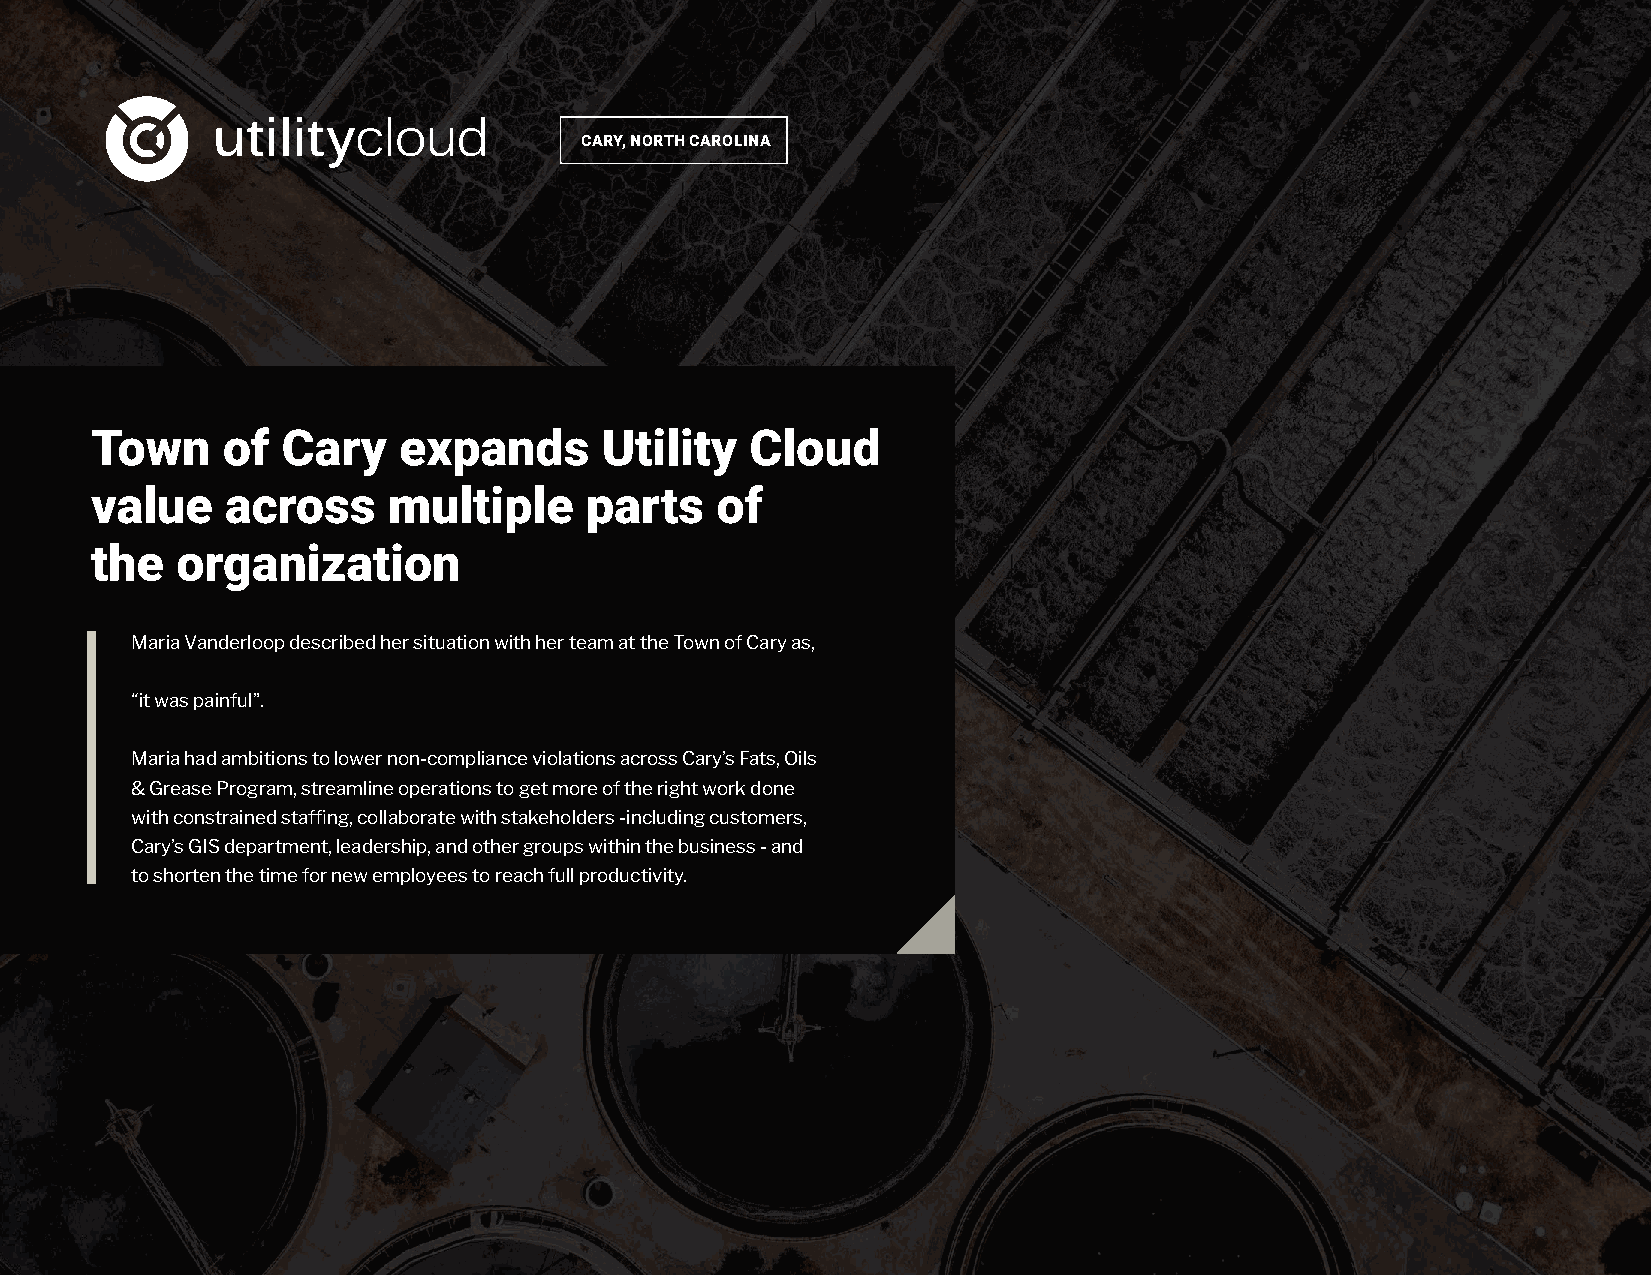
CARY, NORTH CAROLINA
 Town     of  Cary   expands       Utility   Cloud
 value    across     multiple     parts   of
 the   organization
 Maria Vanderloop described her situation with her team at the Town of Cary as,
 “it was painful”.
 Maria had ambitions to lower non-compliance violations across Cary’s Fats, Oils
 & Grease Program, streamline operations to get more of the right work done
 with constrained staffing, collaborate with stakeholders -including customers,
 Cary’s GIS department, leadership, and other groups within the business - and
 to shorten the time for new employees to reach full productivity.